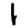
Digit: 1